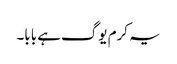
یہ کرم یوگ ہے بابا۔